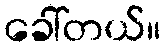
ခေါ်တယ်။